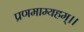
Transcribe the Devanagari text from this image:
प्रणमाम्यहम्।।